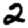
Digit: 2